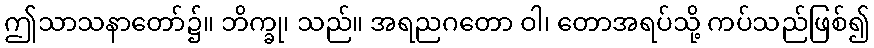
ဤသာသနာတော်၌။ ဘိက္ခု၊ သည်။ အရညဂတော ဝါ၊ တောအရပ်သို့ ကပ်သည်ဖြစ်၍